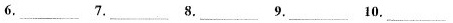
6.___ 7.___ 8.___ 9.___ 10___